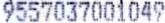
9557037001049